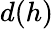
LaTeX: d(h)